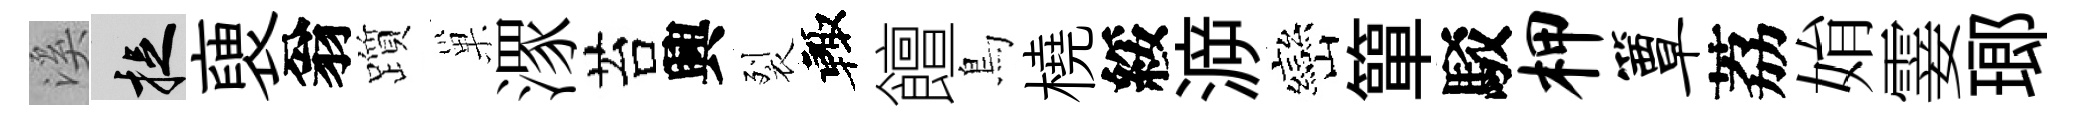
溪捉褏翁躓巢潈苔興裂輙饘鳥橈綏㴑巒簞駁柙簟荔姢霎瑯